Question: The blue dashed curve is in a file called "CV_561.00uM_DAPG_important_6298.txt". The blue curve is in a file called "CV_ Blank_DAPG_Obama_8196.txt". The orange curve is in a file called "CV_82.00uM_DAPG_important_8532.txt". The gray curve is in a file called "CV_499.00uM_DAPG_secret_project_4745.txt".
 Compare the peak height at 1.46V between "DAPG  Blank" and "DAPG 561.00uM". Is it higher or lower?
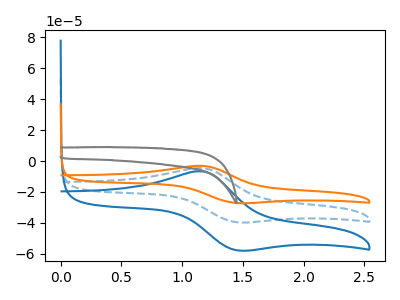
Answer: <think>The blue dashed curve "DAPG 561.00uM" has an anodic peak at (1.15V, -4.55uA) and a cathodic peak at (1.45V, -39.60uA). The blue curve "DAPG  Blank" has an anodic peak at (1.15V, -9.15uA) and a cathodic peak at (1.45V, -79.20uA). The orange curve "DAPG 82.00uM" has an anodic peak at (1.15V, -3.15uA) and a cathodic peak at (1.45V, -27.15uA). The gray curve "DAPG 499.00uM" has no peaks.</think>
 <answer>The peak at 1.46V is higher in "DAPG  Blank" than in "DAPG 561.00uM".</answer>
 <eval>higher</eval>